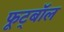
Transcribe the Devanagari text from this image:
फूट्बॉल